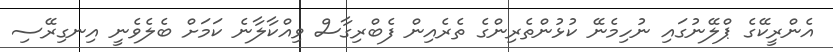
އެންރީކޭގެ ޕްލޭނުގައި ނުހިމެނޭ ކުޅުންތެރިންގެ ތެރެއިން ފެބްރިގާސް ވިއްކާލާނެ ކަމަށް ބެލެވެނީ އިނގިރޭސި